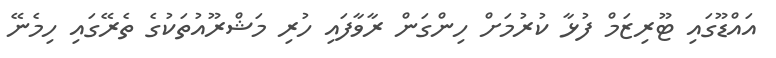
އައްޑޫގައި ޓޫރިޒަމް ފުޅާ ކުރުމަށް ހިންގަން ރާވާފައި ހުރި މަޝްރޫއުތަކުގެ ތެރޭގައި ހިމެނޭ